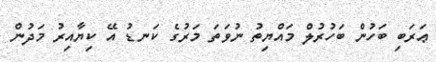
ޢަަރަބި ބަހުން ބަހުރުލް މައްޔިތު ނުވަތަ މަރުގެ ކަނޑު އޭ ކިޔާއިރު މަދުން